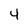
Character: 4